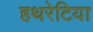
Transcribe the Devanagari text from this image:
हथरेटिया